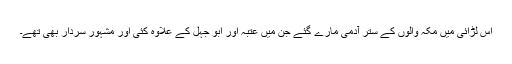
اس لڑائی میں مکہ والوں کے ستر آدمی مارے گئے جن میں عتبہ اور ابو جہل کے علاوہ کئی اور مشہور سردار بھی تھے۔